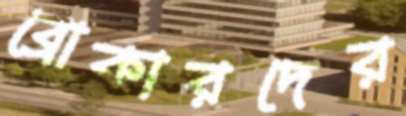
ব্রোকারদের